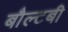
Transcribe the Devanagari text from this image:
बौल्टबी